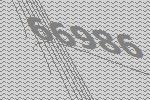
66986